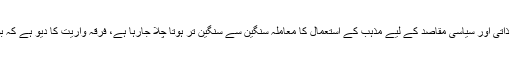
مذہب کے نام پر مخالف نقطہ نظر رکھنے والوں کا بے دردی سے خون بہایا جارہا ہے، اپنے ذاتی اور سیاسی مقاصد کے لیے مذہب کے استعمال کا معاملہ سنگین سے سنگین تر ہوتا چلا جارہا ہے، فرقہ واریت کا دیو ہے کہ بوتل میں واپس جانے کا نام نہیں لیتا بلکہ اس کا آسیب وحشت ناک حد تک پھیلتا چلا جارہا ہے۔